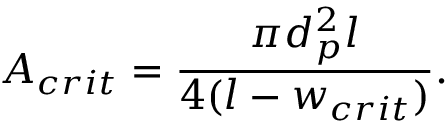
A _ { c r i t } = \frac { \pi d _ { p } ^ { 2 } l } { 4 ( l - w _ { c r i t } ) } .